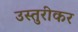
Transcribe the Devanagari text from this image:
उस्तुरीकर